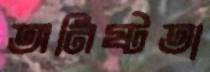
অনিষ্টতা